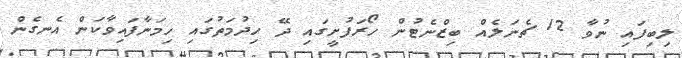
ލިބިފައި ނުވާ 12 ޗެނަލެއް ބިޒްނެޓުން ހޯރަފުށީގައި ދޭ ހިދުމަތުގައި ހިމަނާފައިވާކަން އެނގެން